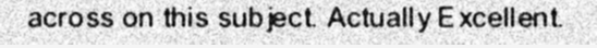
across on this subject. Actually Excellent.